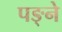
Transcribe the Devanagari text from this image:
पङ्ने